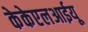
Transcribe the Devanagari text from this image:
केकेएलआईयू